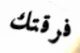
فرقتك